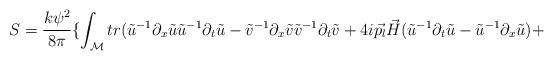
LaTeX: \begin{align*}S=\frac{k\psi^2}{8\pi} \{ \int_{\cal M} tr (\tilde{u}^{-1}\partial_x \tilde{u}\tilde{u}^{-1}\partial_{t}\tilde{u} -\tilde{v}^{-1}\partial_x \tilde{v}\tilde{v}^{-1}\partial_{t}\tilde{v} +4i\vec{p_l}\vec{H} (\tilde{u}^{-1}\partial_{t}\tilde{u}-\tilde{u}^{-1} \partial_x \tilde{u})+\end{align*}